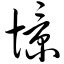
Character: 憬